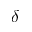
\delta